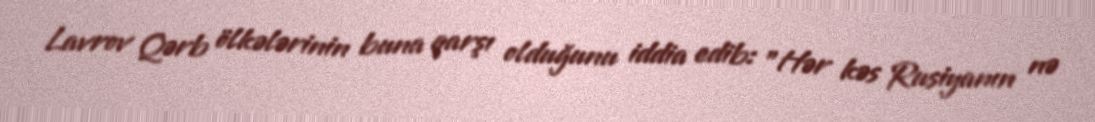
Lavrov Qərb ölkələrinin buna qarşı olduğunu iddia edib: "Hər kəs Rusiyanın nə